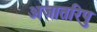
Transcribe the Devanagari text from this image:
अजातरिपु